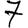
Digit: 7